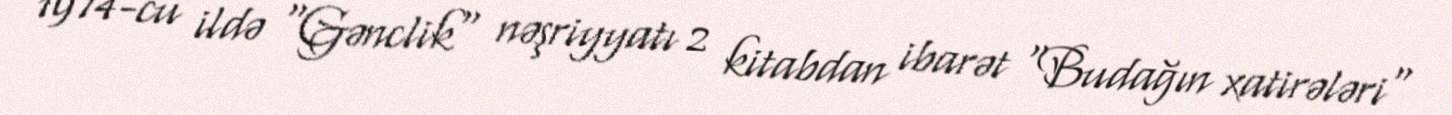
1974-cü ildə "Gənclik" nəşriyyatı 2 kitabdan ibarət "Budağın xatirələri"